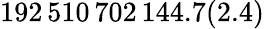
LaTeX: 192\, 510\, 702\, 144.7(2.4)